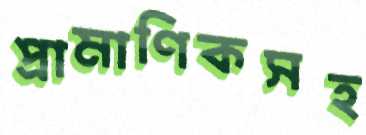
প্রামাণিকসহ